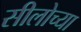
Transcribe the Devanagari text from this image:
सीलोच्या